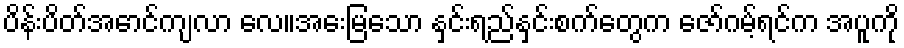
ပိန်းပိတ်အောင်ကျလာ လေ။အေးမြသော နှင်းရည်နှင်းစက်တွေက ဇော်ဂမ့်ရင်က အပူကို